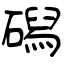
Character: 磶